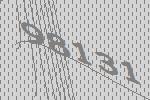
98131